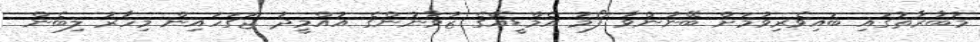
މުބާރާތުގައި ބައިވެރިވުމަށް ބޭނުންވާ ފޯމު އެމްޑީއޭގެ ޒުވާނުންގެ އުއްމީދު ޖަގަހައިން މިހާރު ލިބެން